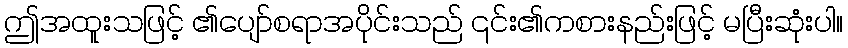
ဤအထူးသဖြင့် ၏ပျော်စရာအပိုင်းသည် ၎င်း၏ကစားနည်းဖြင့် မပြီးဆုံးပါ။